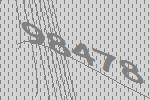
98478